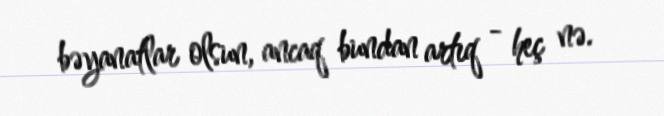
bəyanatlar olsun, ancaq bundan artıq - heç nə.